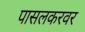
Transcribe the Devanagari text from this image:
पासलकरवर